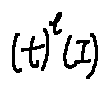
( t ) ^ { l } ( I )